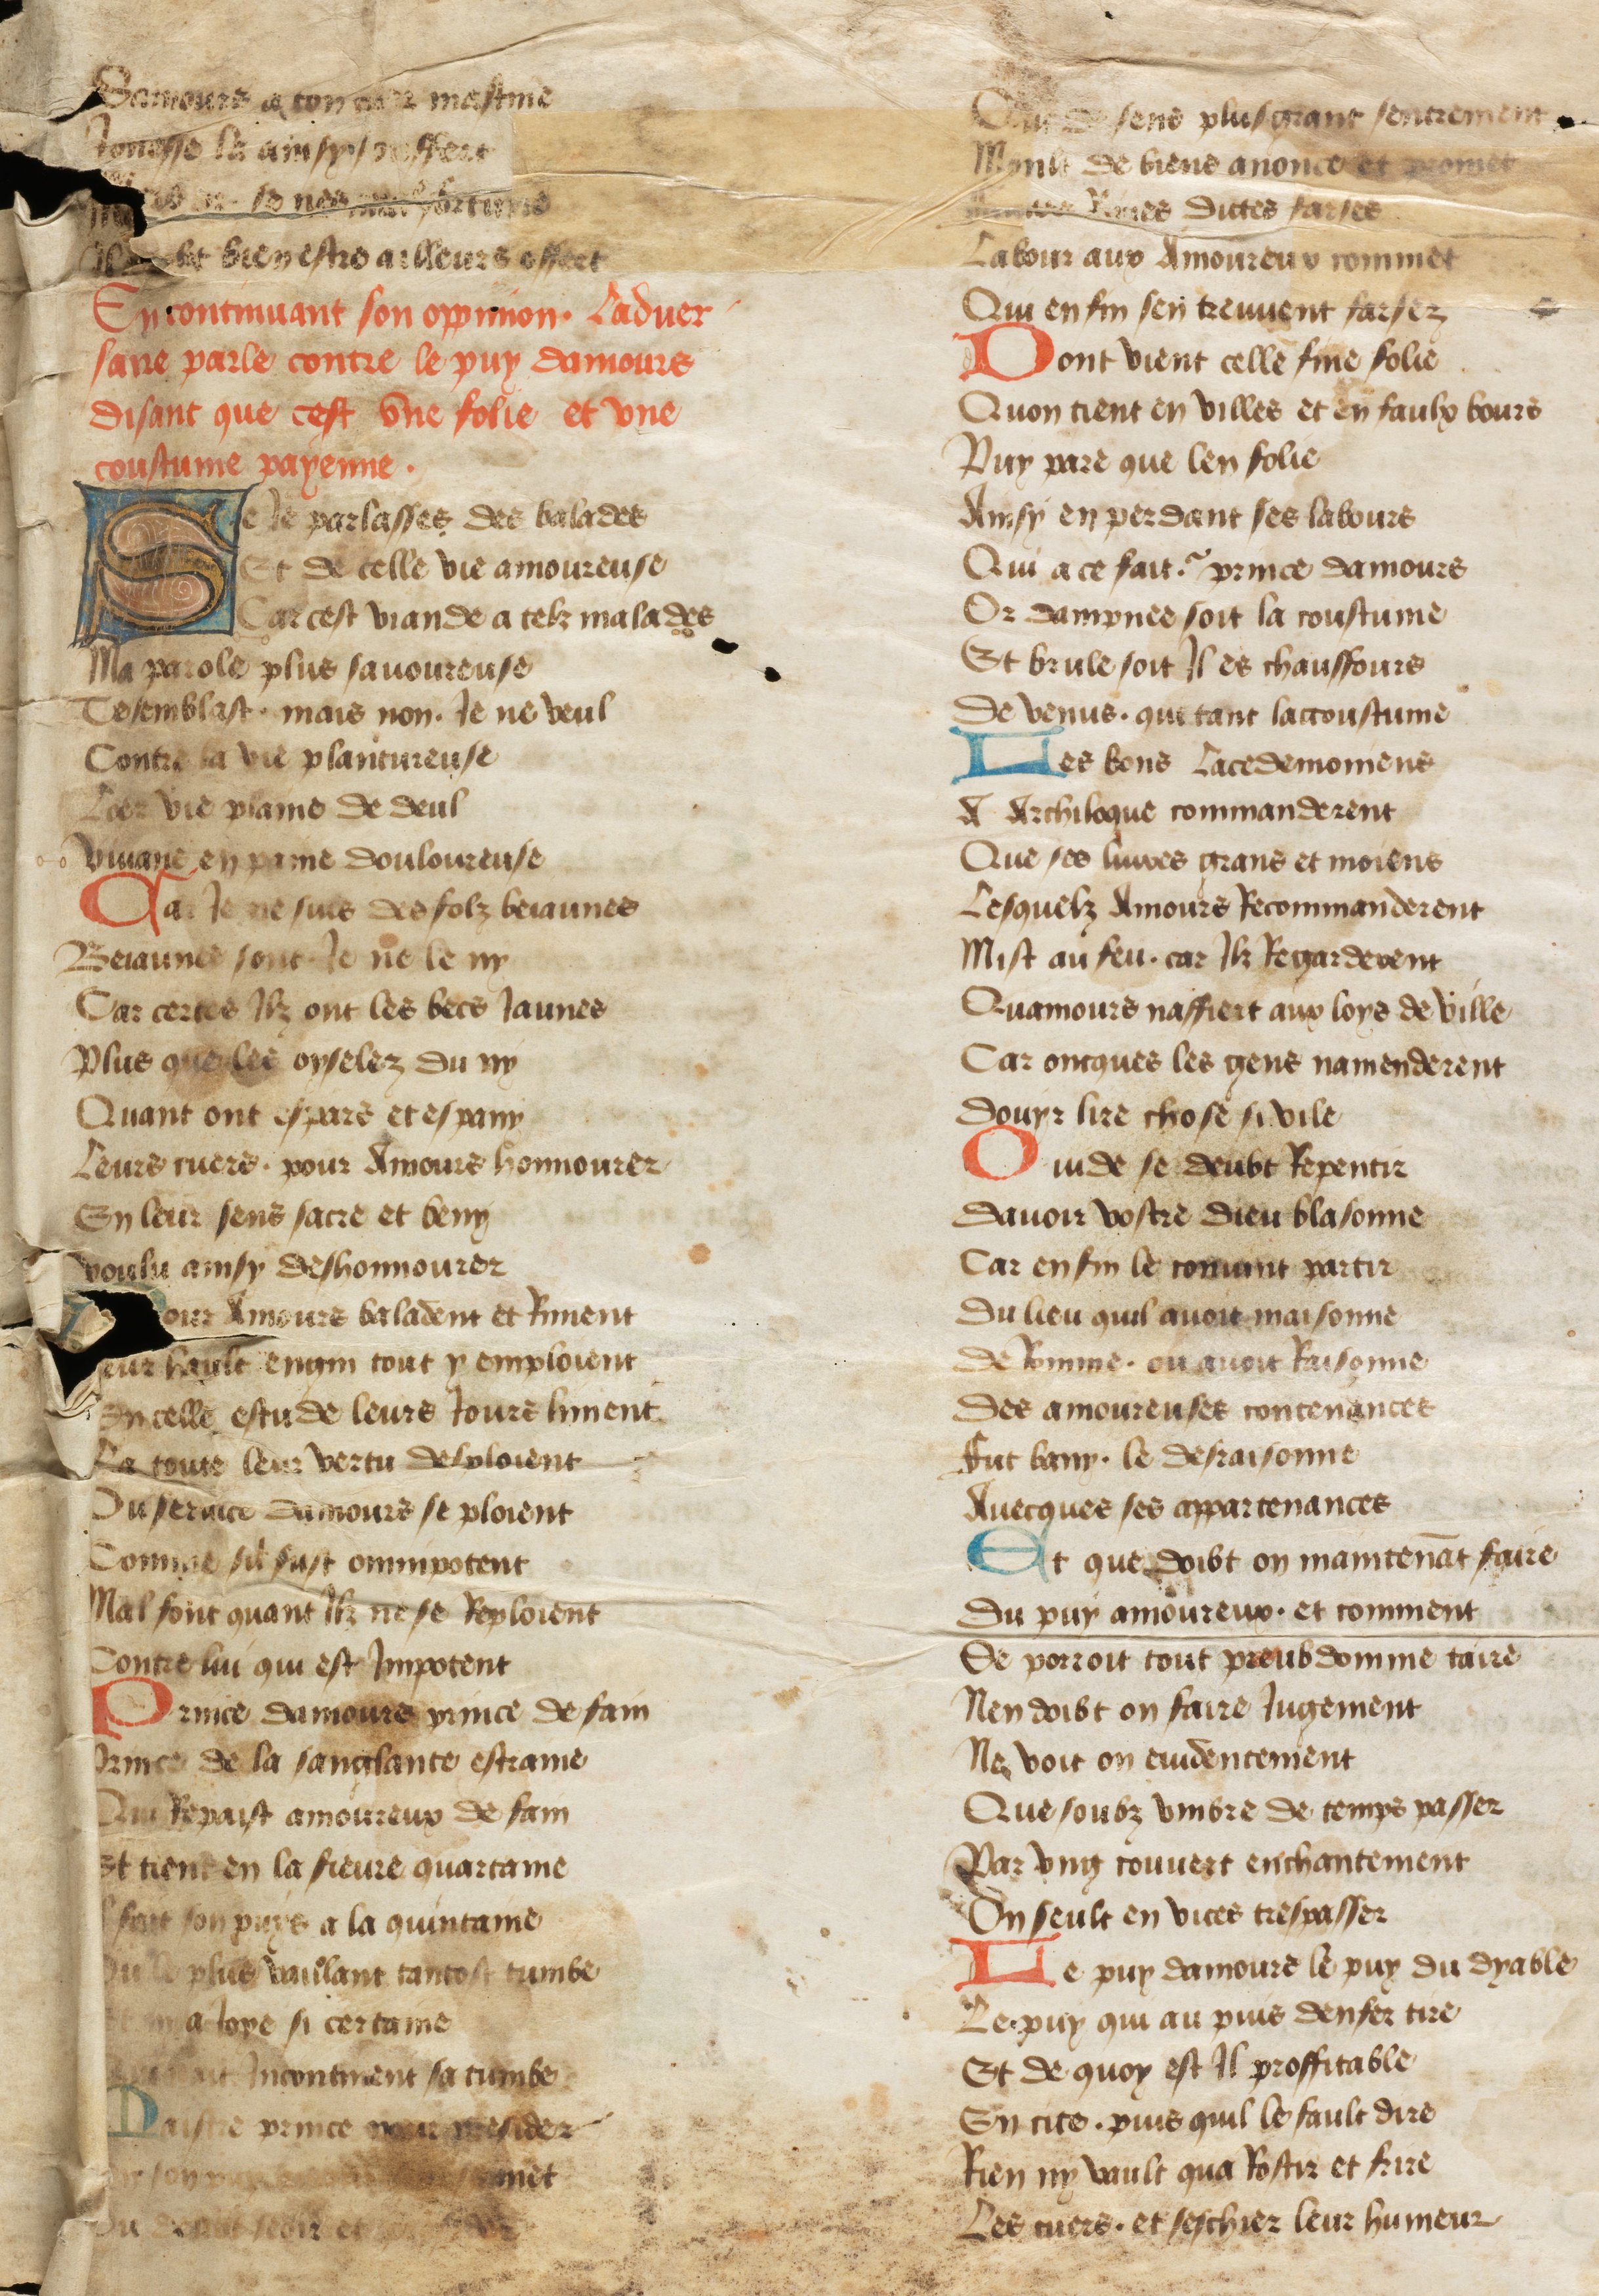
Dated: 1442–1480